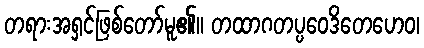
တရားအရှင်ဖြစ်တော်မူ၏။ တထာဂတပ္ပဝေဒိတေဟေဝ၊